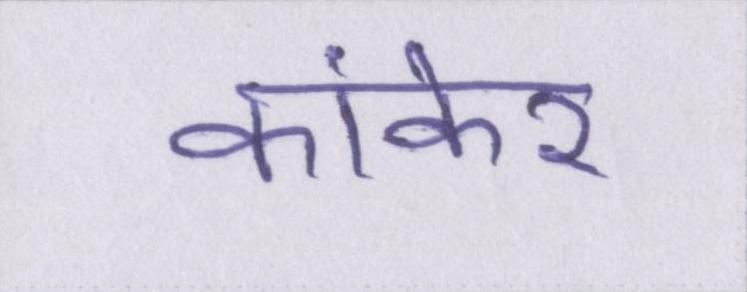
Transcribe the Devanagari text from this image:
कांकेर